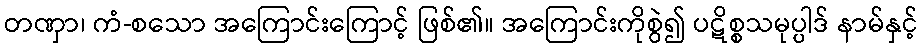
တဏှာ၊ ကံ-စသော အကြောင်းကြောင့် ဖြစ်၏။ အကြောင်းကိုစွဲ၍ ပဋိစ္စသမုပ္ပါဒ် နာမ်နှင့်